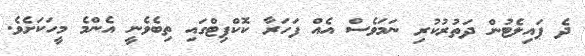
ދެ ޕައިލެޓުން ދަތުރުކުރި ނަމަވެސް އެއް ފަހަރާ ކޮކްޕިޓްގައި ތިބެވެނީ އެންމެ މީހަކަށެވެ.